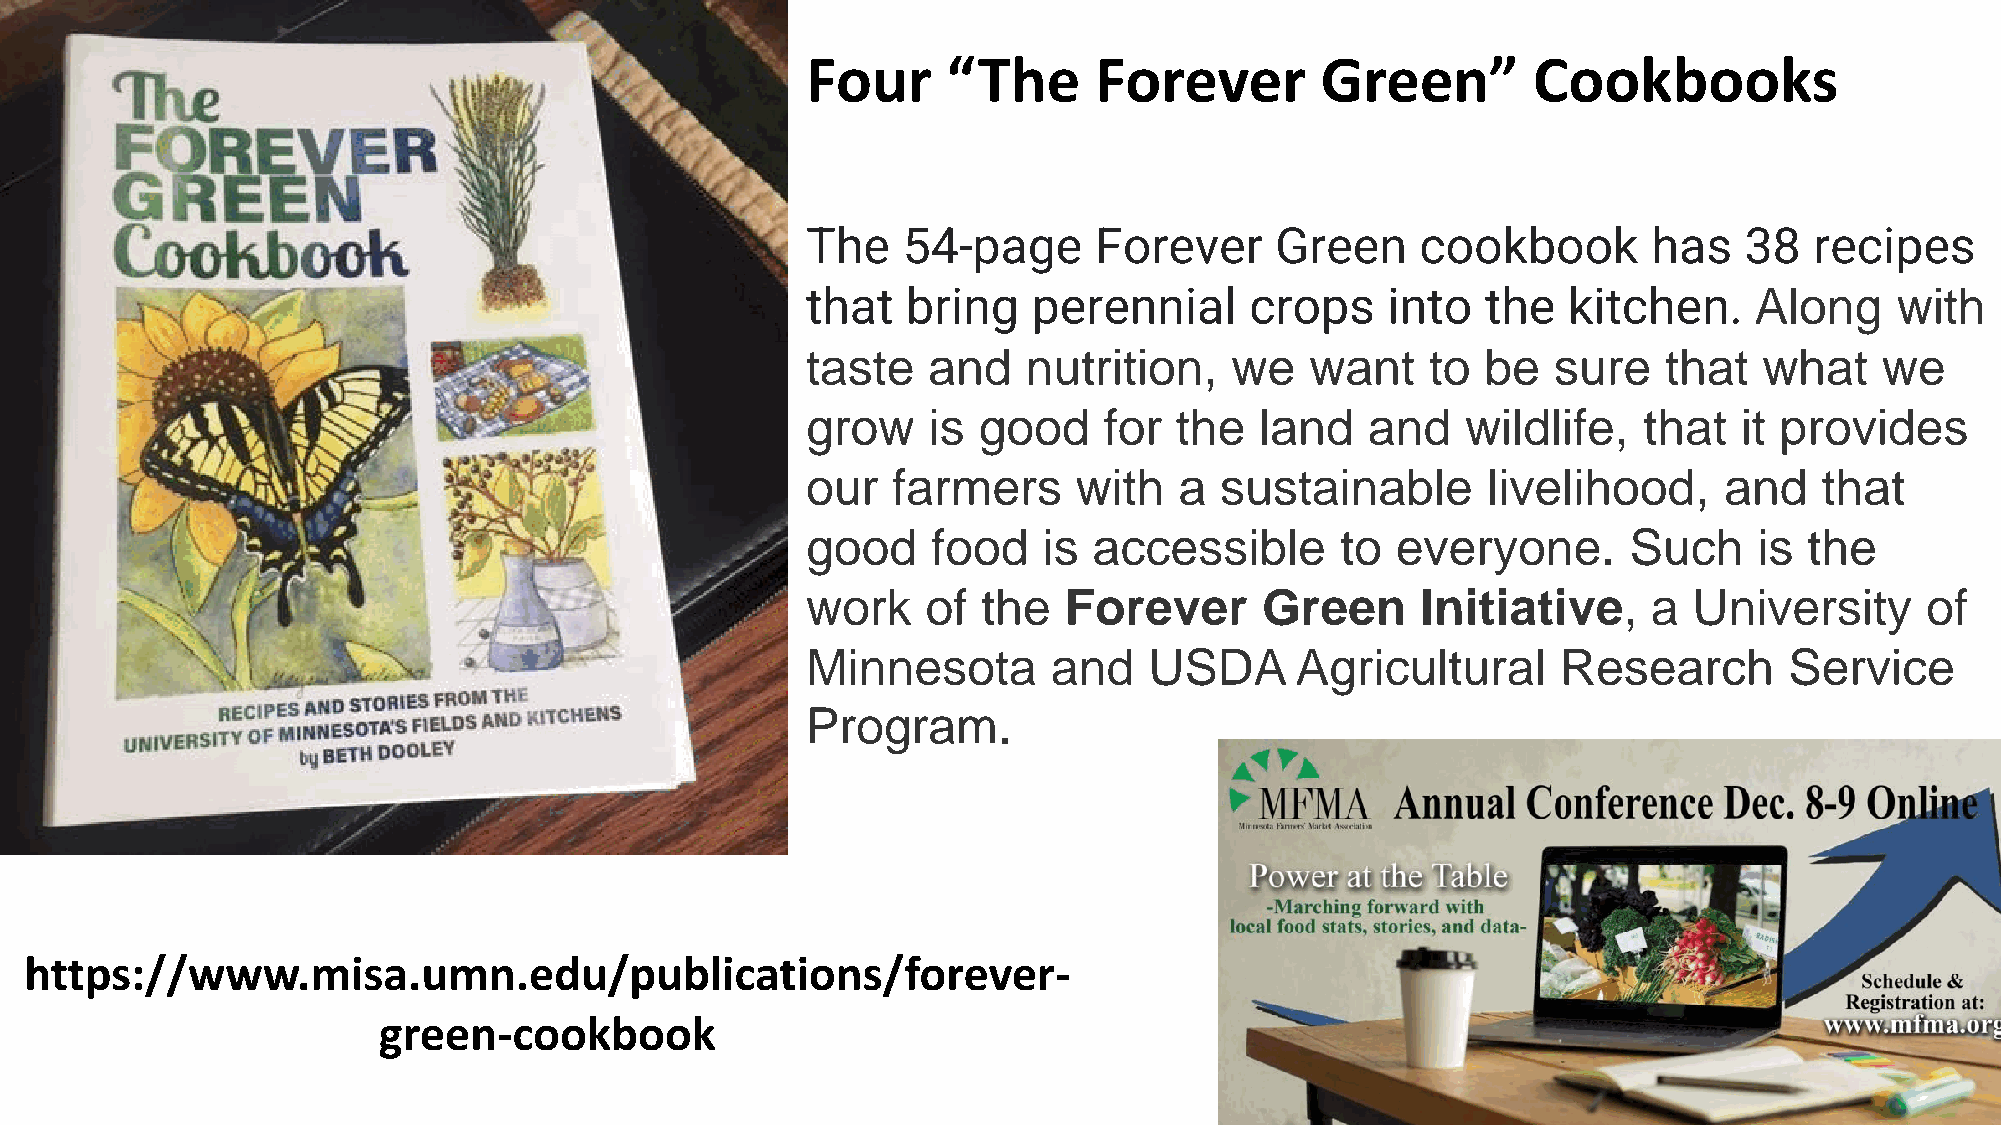
Four      “The     Forever        Green”        Cookbooks
 The    54-page     Forever     Green     cookbook       has   38   recipes
 that   bring   perennial      crops    into  the   kitchen.    Along     with
 taste   and    nutrition,   we    want    to be   sure   that   what    we
 grow    is  good    for  the  land    and   wildlife,   that  it provides
 our   farmers     with   a  sustainable      livelihood,     and    that
 good     food   is accessible       to everyone.       Such    is  the
 work    of  the  Forever       Green     Initiative,    a  University     of
 Minnesota        and   USDA      Agricultural     Research       Service
 Program.
 https://www.misa.umn.edu/publications/forever-
 green-cookbook